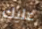
عليك